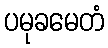
ပမုခမေတံ